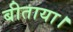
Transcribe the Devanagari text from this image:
बीताया।